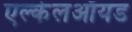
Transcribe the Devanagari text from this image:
एल्केलऑयड